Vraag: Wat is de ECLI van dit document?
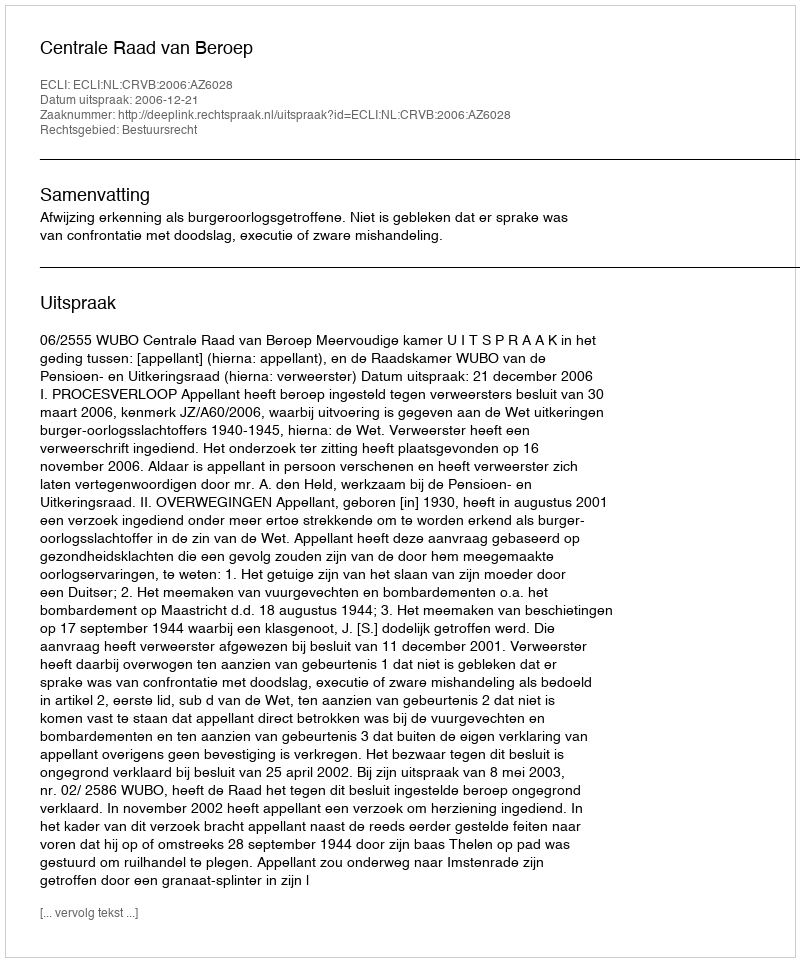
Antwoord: ECLI:NL:CRVB:2006:AZ6028